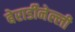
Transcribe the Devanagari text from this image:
बेरार्डीनेल्ली